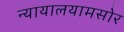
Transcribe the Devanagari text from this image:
न्यायालयामसोर